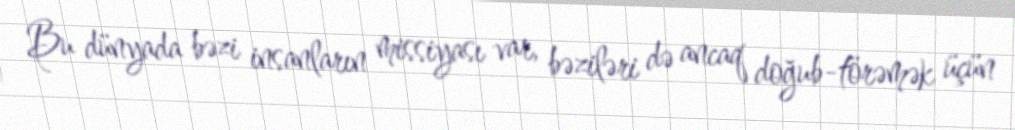
Bu dünyada bəzi insanların missiyası var, bəziləri də ancaq doğub-törəmək üçün